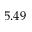
5 . 4 9